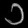
Digit: ၁